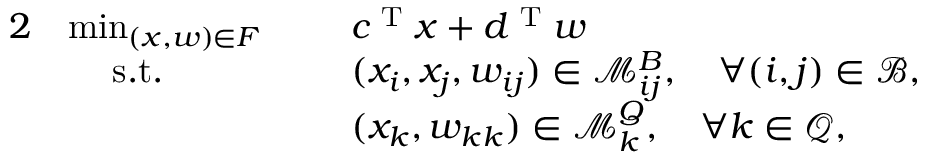
\begin{array} { r l r l } { { 2 } } & { \operatorname* { m i n } _ { ( x , w ) \in F } \: \: } & & { c ^ { \textup { T } } x + d ^ { \textup { T } } w } \\ & { \quad \: \mathrm { s . t . } } & & { ( x _ { i } , x _ { j } , w _ { i j } ) \in \mathcal { M } _ { i j } ^ { B } , \quad \forall ( i , j ) \in \mathcal { B } , } \\ & { } & & { ( x _ { k } , w _ { k k } ) \in \mathcal { M } _ { k } ^ { Q } , \quad \forall k \in \mathcal { Q } , } \end{array}